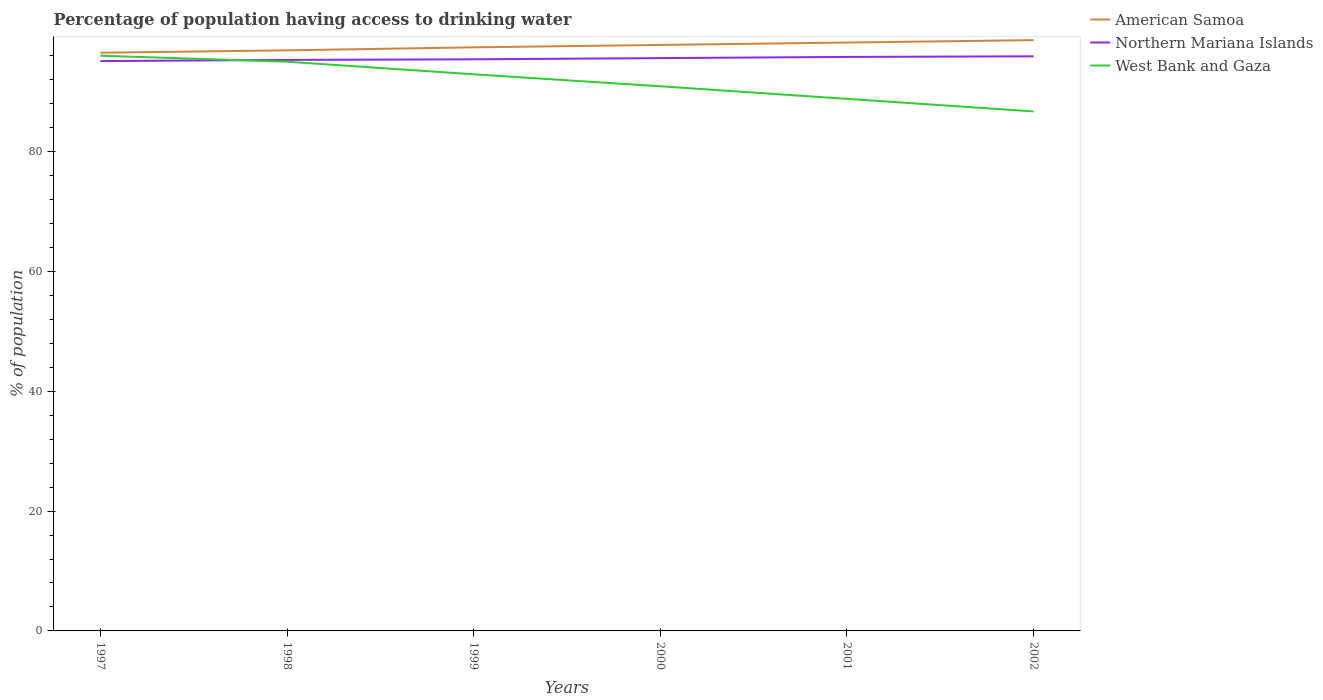
| Years | American Samoa | Northern Mariana Islands | West Bank and Gaza |
 | --- | --- | --- | --- |
 | 1997 | 96.5 | 95.1 | 96 |
 | 1998 | 96.9 | 95.3 | 95 |
 | 1999 | 97.4 | 95.4 | 92.9 |
 | 2000 | 97.8 | 95.6 | 90.9 |
 | 2001 | 98.2 | 95.8 | 88.8 |
 | 2002 | 98.6 | 95.9 | 86.7 |